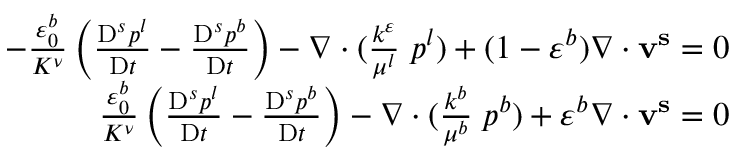
\begin{array} { r } { - \frac { \varepsilon _ { 0 } ^ { b } } { K ^ { \nu } } \left( \frac { \mathrm { D } ^ { s } p ^ { l } } { \mathrm { D } t } - \frac { \mathrm { D } ^ { s } p ^ { b } } { \mathrm { D } t } \right) - \nabla \cdot ( \frac { k ^ { \varepsilon } } { \mu ^ { l } } \mathbf { \nabla } p ^ { l } ) + ( 1 - \varepsilon ^ { b } ) \nabla \cdot \mathbf { v ^ { s } } = 0 } \\ { \frac { \varepsilon _ { 0 } ^ { b } } { K ^ { \nu } } \left( \frac { \mathrm { D } ^ { s } p ^ { l } } { \mathrm { D } t } - \frac { \mathrm { D } ^ { s } p ^ { b } } { \mathrm { D } t } \right) - \nabla \cdot ( \frac { k ^ { b } } { \mu ^ { b } } \mathbf { \nabla } p ^ { b } ) + \varepsilon ^ { b } \nabla \cdot \mathbf { v ^ { s } } = 0 } \end{array}